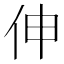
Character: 伸